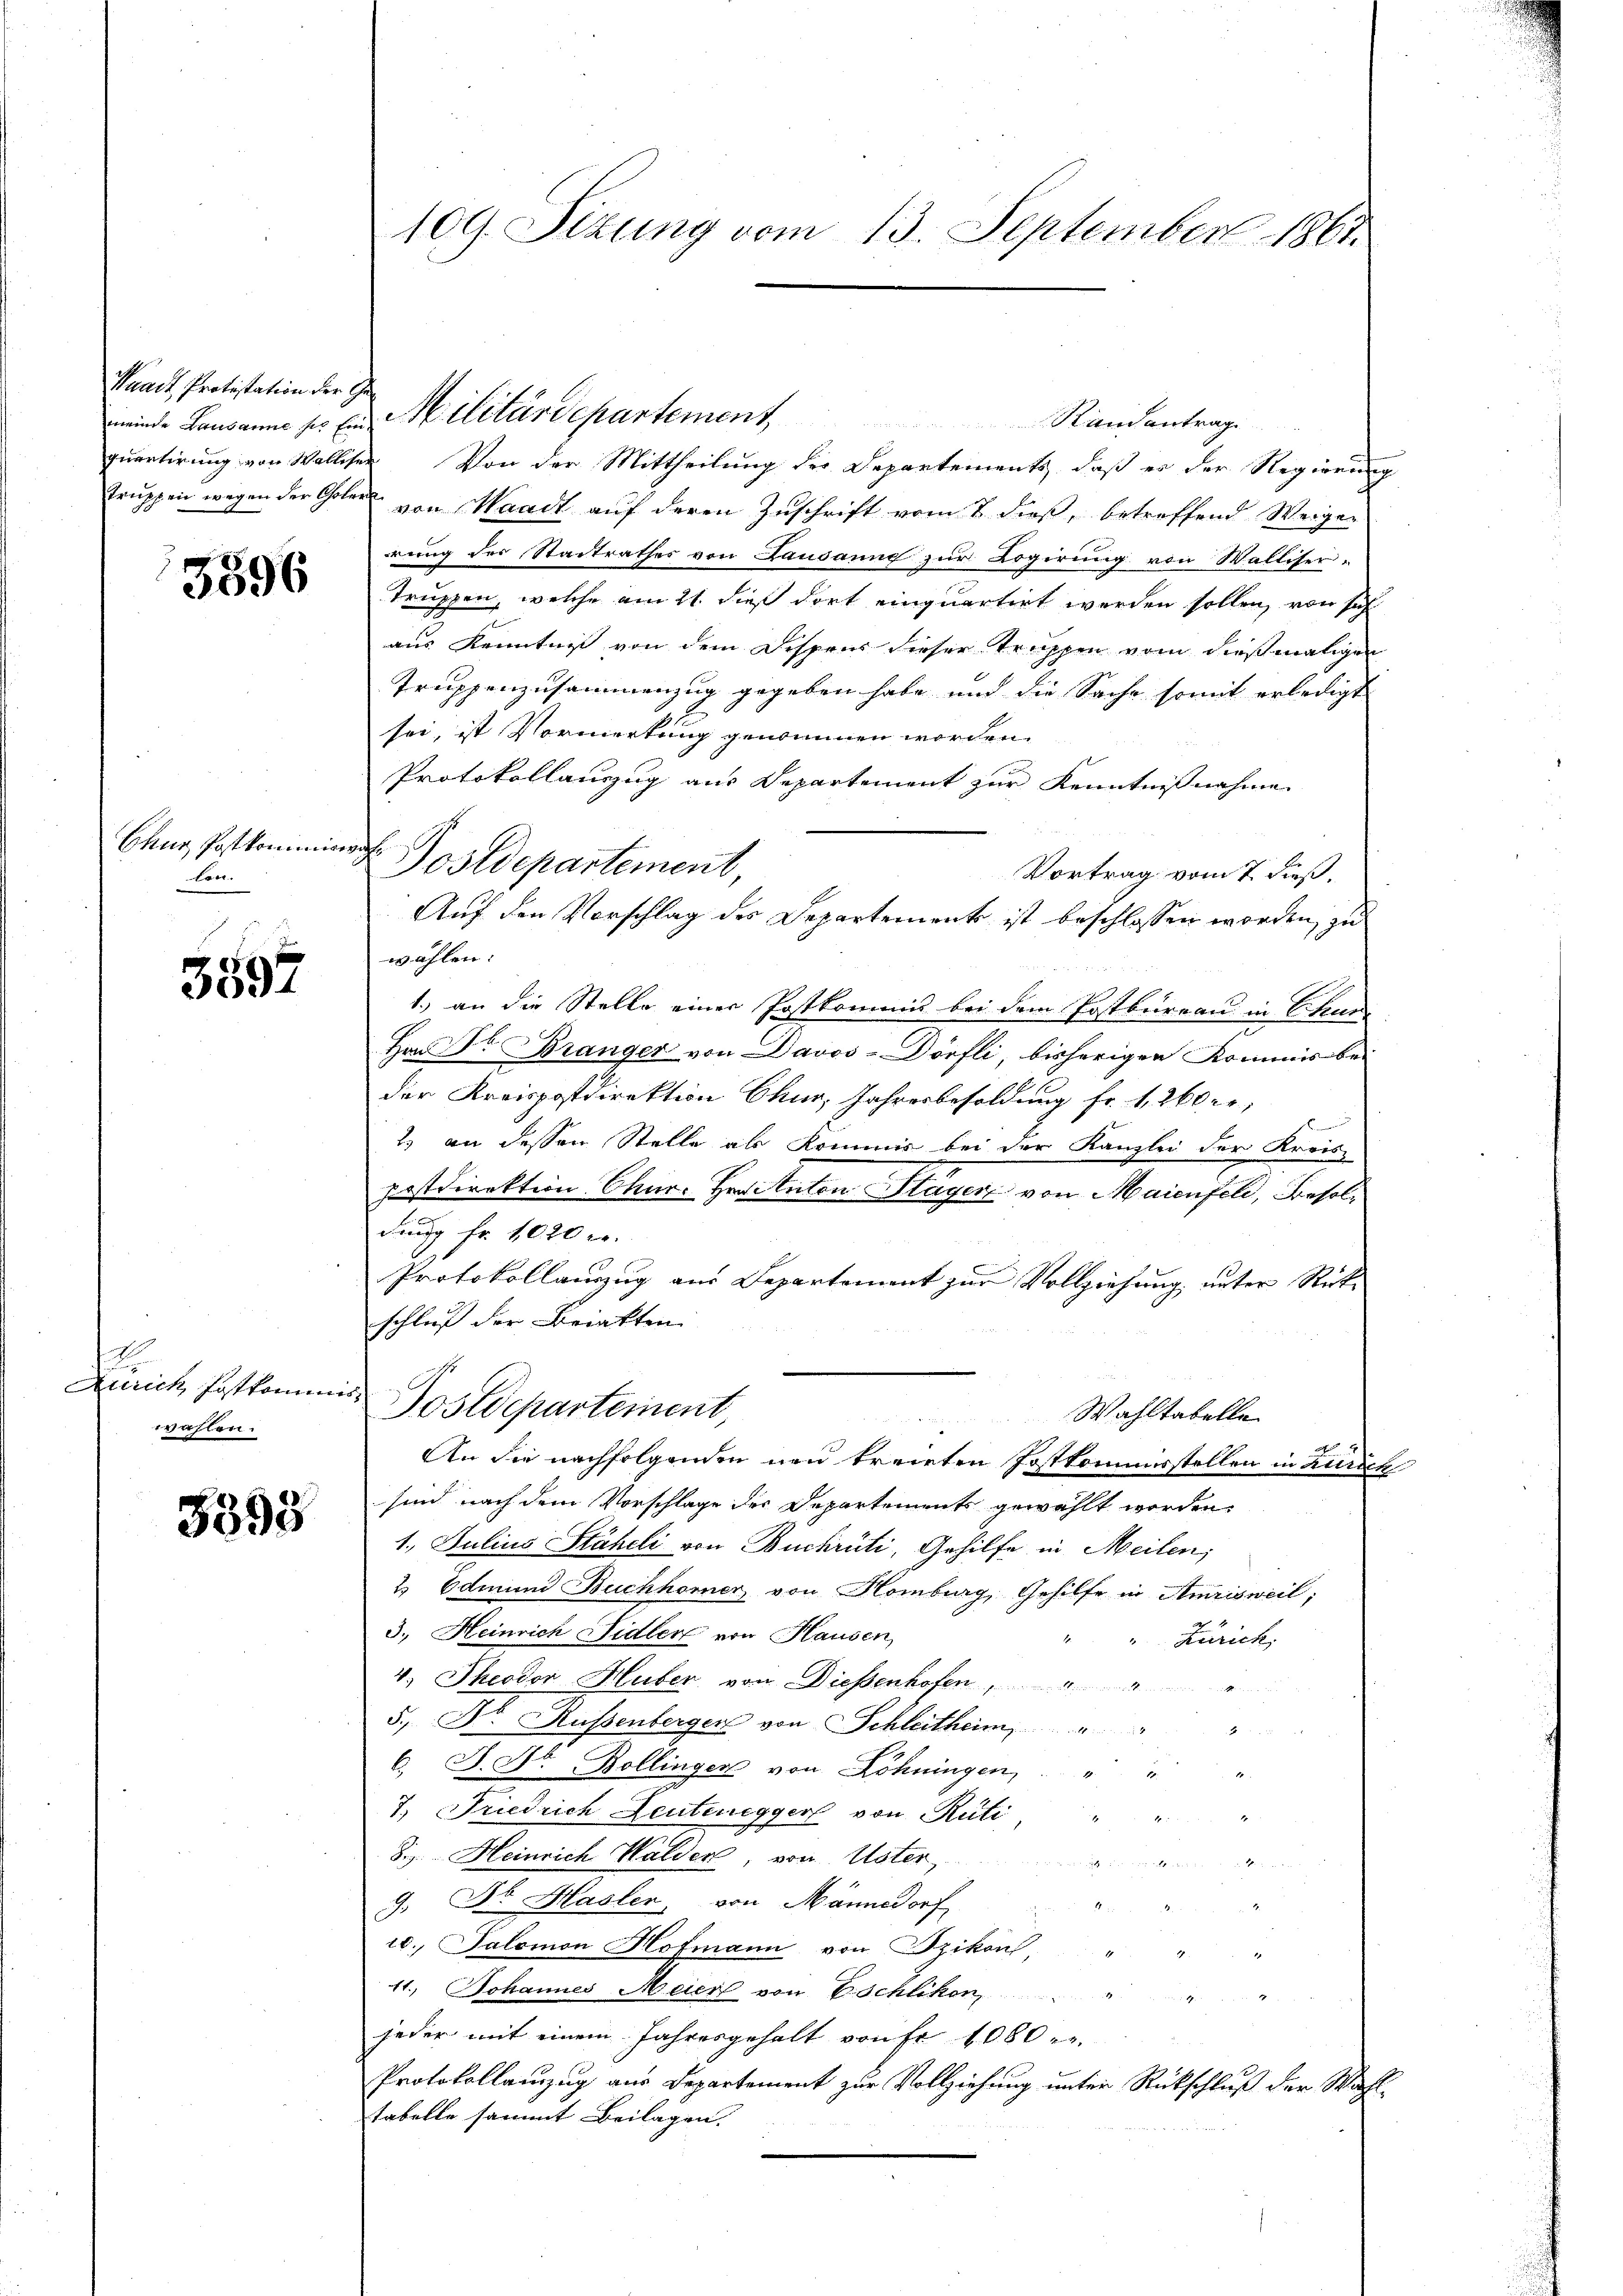
Kaadt, Protestation der Ge¬

3596

Ghug Postkommi
ten.

3597

.
Zürich Festkomm
wahlen.

3398

109. Sitzung vom 13. September 1867.

meinde Lausanne zur Ein Militärdepartement Randantrage
quartirung von Walliser Von der Mittheilung der Departements, daß er der Regierung
truppen wegen der Cholen von Waadt auf deren Zuschrift vom 7. dieß, betreffend Weiger
rung der Stadtrathes von Landaung zŭr Logirung von Walliser-
truppen, welche am 21. dieß dort einquartirt werden sollen, von sich
aus Kenntniß von dem Dispens dieser Truppen vom dießmaligen
Truppenzusammenzug gegeben habe und die Sache somit erledigt
sei, ist Vormerkung genommen worden.
Protokollauszug aus Departement zur Kenntnißnahme
wuchs
Postdepartement,
Vortrag vom 7. dieß.
Auf den Vorschlag des Departement ist beschlossen worden, zu
wählen:
1.) an die Stelle einer Postkommis bei dem Postbureau in Sitzun
.
Hrn Dr Bränger von Davos-Dorfli, bisherigen Kommis beder Kreispostdirektion Chur, Jahresbesoldung fr. 1260 er
2) an dessen Stelle als Kommis bei der Kanzlei der Kreis-
postdirektion Chur. Ferienten Stagen von Maienfeld, Besoldung fr. 1020 r.
Protokollauszug aus Departement zur Vollziehung, unter Rück-
schluß der Brieften
Postdepartement,
Wahltabelle
An die nachfolgenden neu treiten Postkommisstellen in Zürich
sind nach dem Vorschlage der Departements gewählt worden
1. Julius Stäheli von Buchrüti, Gehilfe in Meilen,
2 Odmund Buchhorner, von Homburg, Gehilfe in Amrisweil;
3.) Heinrich Sidler von Hausen,
"" Zürich,
4. Theodor Huber von Dießenhofen, " "
5., Dr. Russenberger von Schleitheim   "
C. J. St. Bollingen von Löhningen, " " "
7. Friedrich Leuten
eggers von Rüti
25
8.. Heinrich Walden, von Uster,

9. Dr. Hasler, von Männedorf
x
10., Salomon Hofmann von Szikon, " " "
11.) Johannes Meier von Eschliken . .
jeder mit einem Jahresgehalt von Fr. 1000 er
Protokollanzug aus Departement zur Vollziehung unter Rückschluß der Wahl-
tabelle sammt Beilagen.